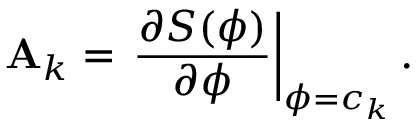
{ \bf A } _ { k } = \left. \frac { \partial { S } ( \phi ) } { \partial \phi } \right\rvert _ { \phi = c _ { k } } .